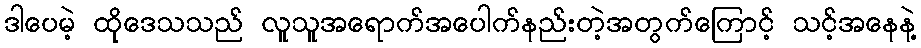
ဒါပေမဲ့ ထိုဒေသသည် လူသူအရောက်အပေါက်နည်းတဲ့အတွက်ကြောင့် သင့်အနေနဲ့